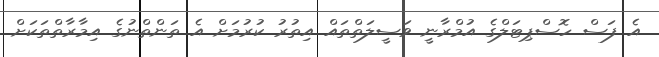
އެ ފަސް ހޮސްޕިޓަލްގެ އުމްރާނީ ވަސީލަތްތައް އިތުރު ކުރުމަށް އެ ތަންތްނުގެ އިމާރާތްތަކަށް